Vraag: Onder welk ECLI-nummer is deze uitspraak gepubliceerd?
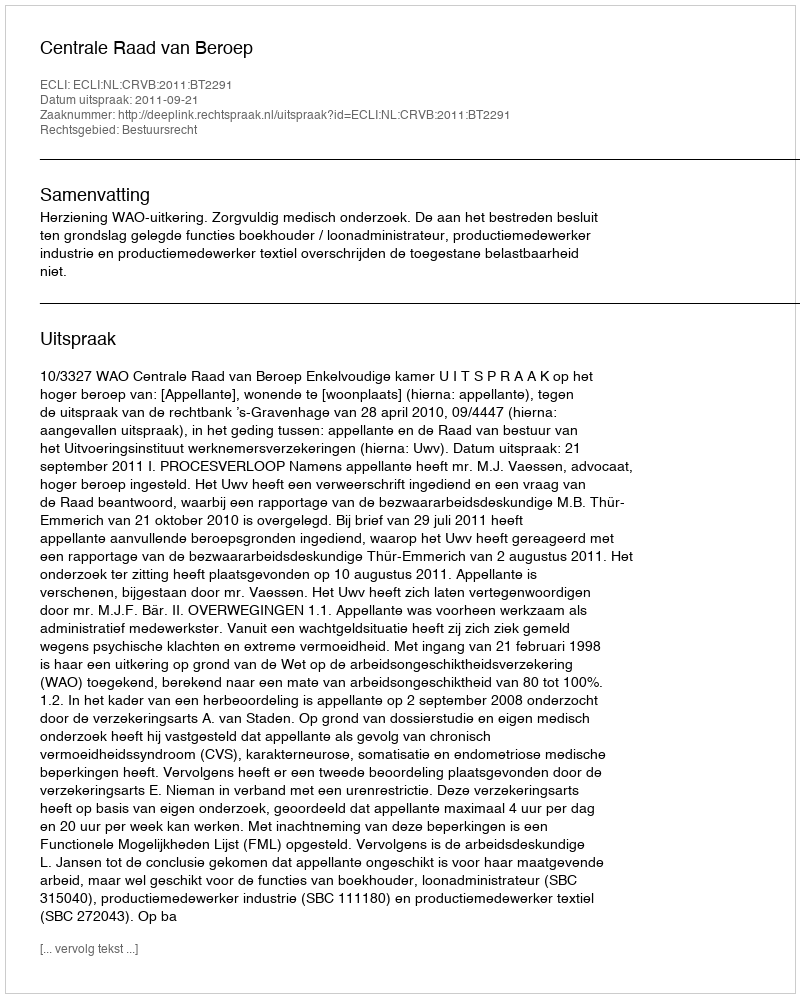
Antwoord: ECLI:NL:CRVB:2011:BT2291